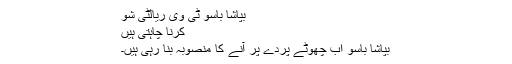
بپاشا باسو ٹی وی ریالٹی شو
کرنا چاہتی ہیں
بپاشا باسو اب چھوٹے پردے پر آنے کا منصوبہ بنا رہی ہیں۔